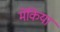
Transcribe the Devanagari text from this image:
मेंकिया